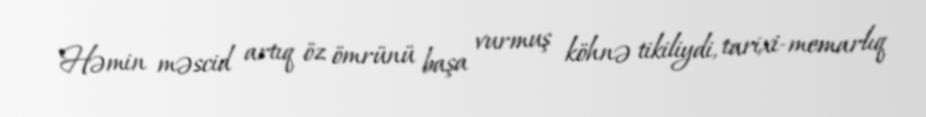
Həmin məscid artıq öz ömrünü başa vurmuş köhnə tikiliydi, tarixi-memarlıq